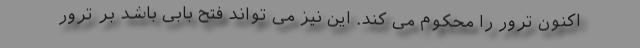
اکنون ترور را محکوم می کند. این نیز می تواند فتح بابی باشد بر ترور